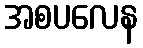
အစပလေန